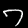
Label: 7